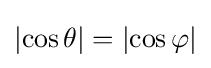
\left|\cos \theta \right|=\left|\cos \varphi \right|